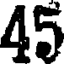
45